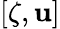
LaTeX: [\zeta,\mathbf{u}]